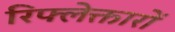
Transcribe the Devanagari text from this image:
रिफ्लेक्तारों